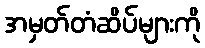
အမှတ်တံဆိပ်များကို